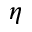
\eta